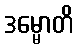
ဒမ္မောတိ